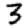
Digit: 3